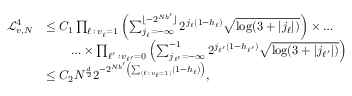
\begin{array} { r l } { \mathcal { L } _ { v , N } ^ { 4 } } & { \leq C _ { 1 } \prod _ { \ell \, : \, v _ { \ell } = 1 } \left( \sum _ { j _ { \ell } = - \infty } ^ { \lfloor - 2 ^ { N b ^ { \prime } } \rfloor } 2 ^ { j _ { \ell } ( 1 - h _ { \ell } ) } \sqrt { \log ( 3 + | j _ { \ell } | ) } \right) \times \ldots } \\ & { \qquad \ldots \times \prod _ { \ell ^ { \prime } \, : \, v _ { \ell ^ { \prime } } = 0 } \left( \sum _ { j _ { \ell ^ { \prime } } = - \infty } ^ { - 1 } 2 ^ { j _ { \ell ^ { \prime } } ( 1 - h _ { \ell ^ { \prime } } ) } \sqrt { \log ( 3 + | j _ { \ell ^ { \prime } } | ) } \right) } \\ & { \leq C _ { 2 } N ^ { \frac { d } { 2 } } 2 ^ { - 2 ^ { N b ^ { \prime } } \left( \sum _ { ( \ell \, : \, v _ { \ell } = 1 ) } ( 1 - h _ { \ell } ) \right) } , } \end{array}